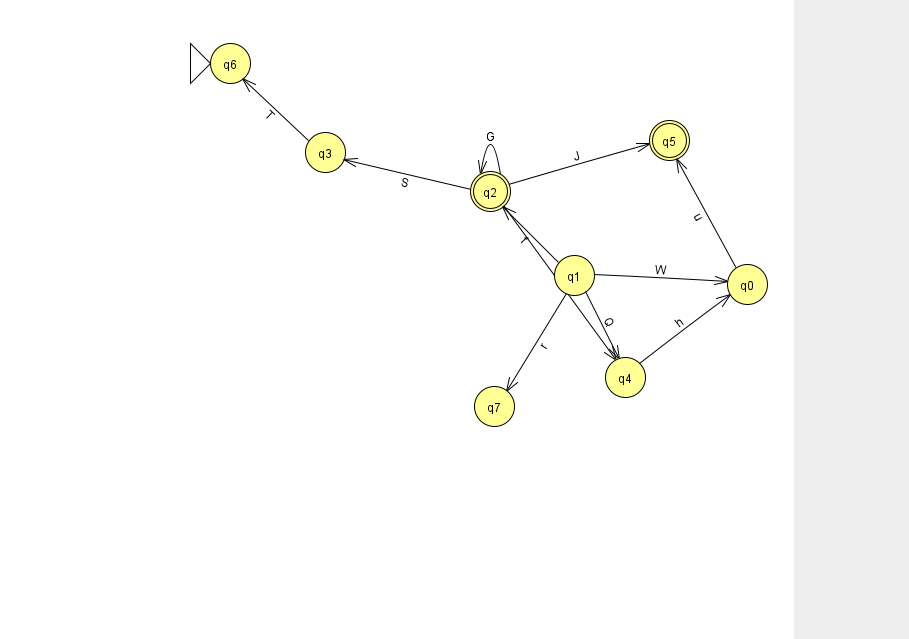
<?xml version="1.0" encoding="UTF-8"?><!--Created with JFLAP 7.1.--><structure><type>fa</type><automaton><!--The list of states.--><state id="0" name="q0"><x>747.0</x><y>271.0</y></state><state id="1" name="q1"><x>574.0</x><y>262.0</y></state><state id="2" name="q2"><x>490.0</x><y>178.0</y><final/></state><state id="3" name="q3"><x>325.0</x><y>139.0</y></state><state id="4" name="q4"><x>625.0</x><y>364.0</y></state><state id="5" name="q5"><x>669.0</x><y>127.0</y><final/></state><state id="6" name="q6"><x>230.0</x><y>50.0</y><initial/></state><state id="7" name="q7"><x>494.0</x><y>393.0</y></state><!--The list of transitions.--><transition><from>2</from><to>3</to><read>S</read></transition><transition><from>3</from><to>6</to><read>T</read></transition><transition><from>2</from><to>5</to><read>J</read></transition><transition><from>4</from><to>0</to><read>h</read></transition><transition><from>1</from><to>0</to><read>W</read></transition><transition><from>1</from><to>2</to><read>f</read></transition><transition><from>2</from><to>2</to><read>G</read></transition><transition><from>2</from><to>4</to><read>U</read></transition><transition><from>1</from><to>7</to><read>r</read></transition><transition><from>0</from><to>5</to><read>u</read></transition><transition><from>1</from><to>4</to><read>Q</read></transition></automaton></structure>